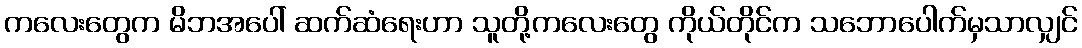
ကလေးတွေက မိဘအပေါ် ဆက်ဆံရေးဟာ သူတို့ကလေးတွေ ကိုယ်တိုင်က သဘောပေါက်မှသာလျှင်